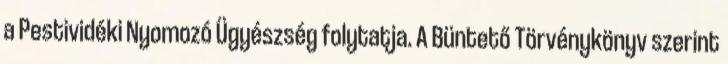
a Pestividéki Nyomozó Ügyészség folytatja. A Büntető Törvénykönyv szerint